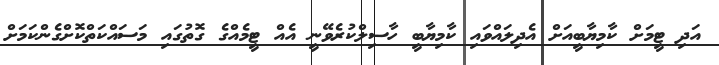
އަދި ޓީމަށް ކާމިޔާބީއަށް އެދިލައްވައި ކާމިޔާބީ ހާސިލްކުރެވޭނީ އެއް ޓީމެއްގެ ގޮތުގައި މަސައްކަތްކޮށްގެންކަމަށް